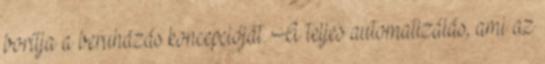
borítja a beruházás koncepcióját. A teljes automatizálás, ami az